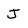
Character: J